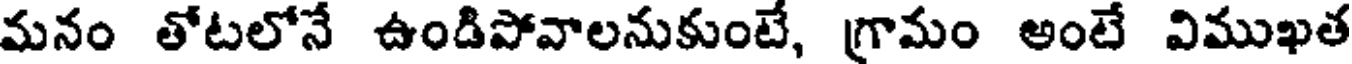
మనం తోటలోనే ఉండిపోవాలనుకుంటే, గ్రామం అంటే విముఖత